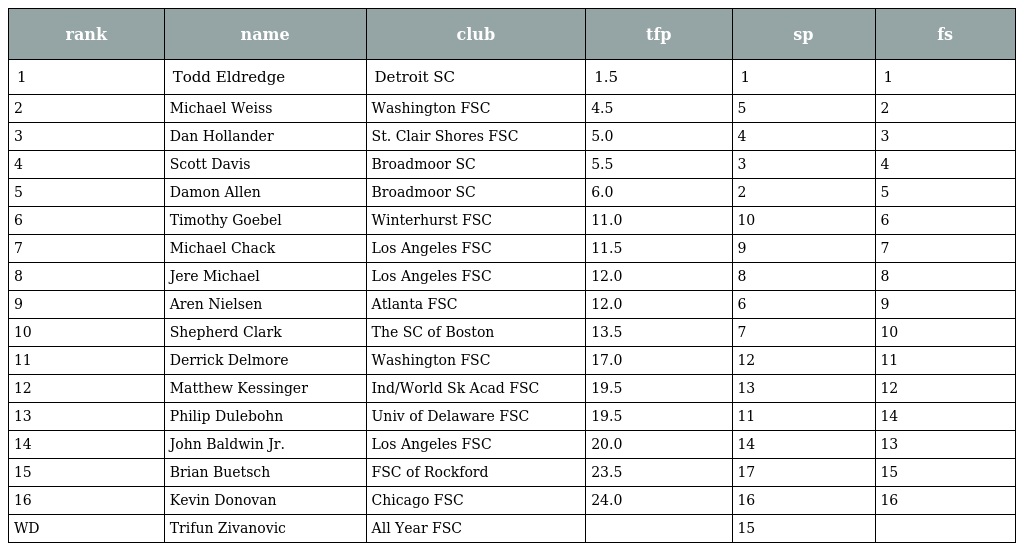
| rank | name | club | tfp | sp | fs |
 | --- | --- | --- | --- | --- | --- |
 | 1 | Todd Eldredge | Detroit SC | 1.5 | 1 | 1 |
 | 2 | Michael Weiss | Washington FSC | 4.5 | 5 | 2 |
 | 3 | Dan Hollander | St. Clair Shores FSC | 5.0 | 4 | 3 |
 | 4 | Scott Davis | Broadmoor SC | 5.5 | 3 | 4 |
 | 5 | Damon Allen | Broadmoor SC | 6.0 | 2 | 5 |
 | 6 | Timothy Goebel | Winterhurst FSC | 11.0 | 10 | 6 |
 | 7 | Michael Chack | Los Angeles FSC | 11.5 | 9 | 7 |
 | 8 | Jere Michael | Los Angeles FSC | 12.0 | 8 | 8 |
 | 9 | Aren Nielsen | Atlanta FSC | 12.0 | 6 | 9 |
 | 10 | Shepherd Clark | The SC of Boston | 13.5 | 7 | 10 |
 | 11 | Derrick Delmore | Washington FSC | 17.0 | 12 | 11 |
 | 12 | Matthew Kessinger | Ind/World Sk Acad FSC | 19.5 | 13 | 12 |
 | 13 | Philip Dulebohn | Univ of Delaware FSC | 19.5 | 11 | 14 |
 | 14 | John Baldwin Jr. | Los Angeles FSC | 20.0 | 14 | 13 |
 | 15 | Brian Buetsch | FSC of Rockford | 23.5 | 17 | 15 |
 | 16 | Kevin Donovan | Chicago FSC | 24.0 | 16 | 16 |
 | WD | Trifun Zivanovic | All Year FSC |  | 15 |  |